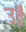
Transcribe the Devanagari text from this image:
उड़ै